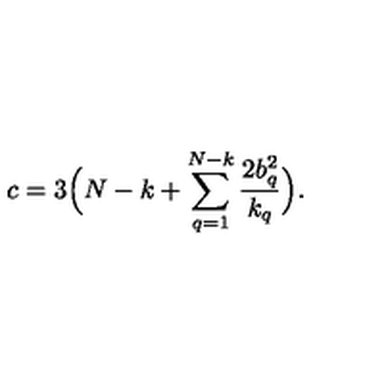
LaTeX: c = 3 \Bigl ( N - k + \sum _ { q = 1 } ^ { N - k } { \frac { 2 b _ { q } ^ { 2 } } { k _ { q } } } \Bigr ) .